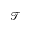
\mathcal { T }